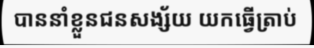
បាននាំខ្លួនជនសង្ស័យ យកធ្វើត្រាប់